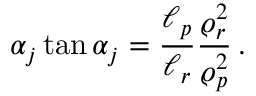
\alpha _ { j } \tan \alpha _ { j } = \frac { \ell _ { p } } { \ell _ { r } } \frac { \varrho _ { r } ^ { 2 } } { \varrho _ { p } ^ { 2 } } \, .